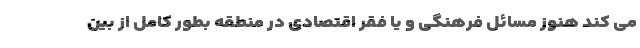
می کند هنوز مسائل فرهنگی و یا فقر اقتصادی در منطقه بطور کامل از بین